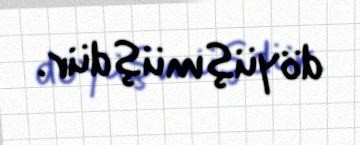
döyüşmüşdür.